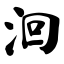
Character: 洄